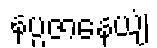
နပ္ပဇာနေယျံ